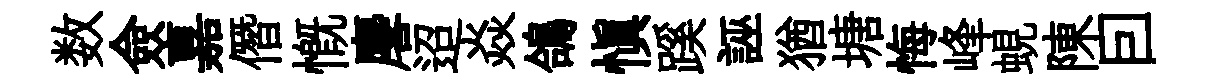
数僉嘉僭慨麐迢焱鴿慎蹊誣猶塘悔峰蜆陳囙